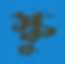
স্কু